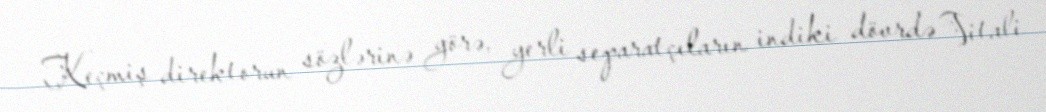
Keçmiş direktorun sözlərinə görə, yerli separatçıların indiki dövrdə Vitali